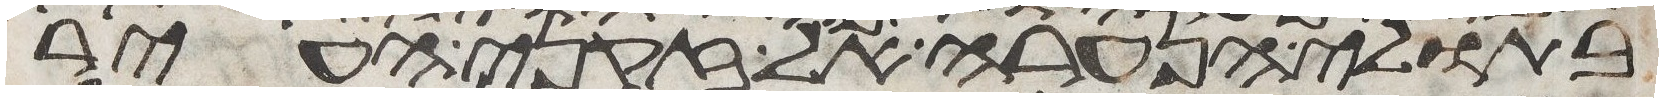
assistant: בתולי הנערה אל זקני העיר